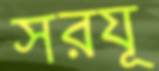
সরযূ